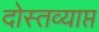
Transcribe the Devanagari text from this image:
दोस्तव्याप्त